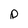
Character: p